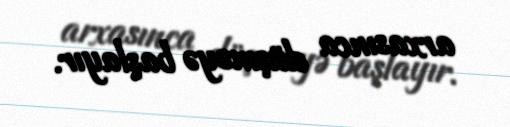
arxasınca düşməyə başlayır.